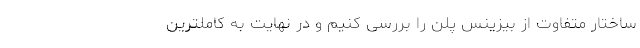
ساختار متفاوت از بیزینس پلن را بررسی کنیم و در نهایت به کاملترین